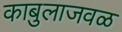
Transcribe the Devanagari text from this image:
काबुलाजवळ